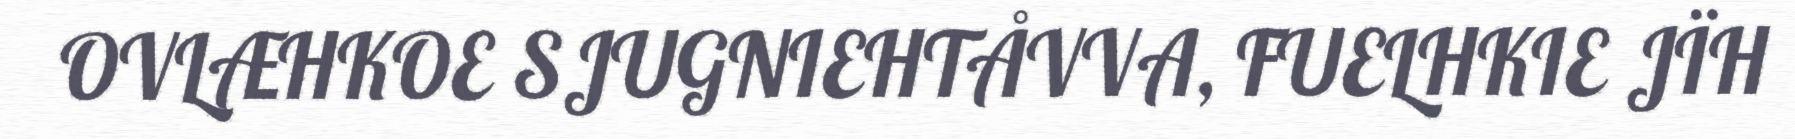
OVLÆHKOE SJUGNIEHTÅVVA, FUELHKIE JÏH